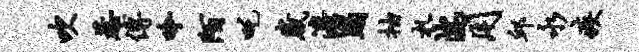
吹惹傅吟陌吒崴澹蹋抽札湍用邱永疾